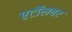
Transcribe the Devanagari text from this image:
एटॉलवर